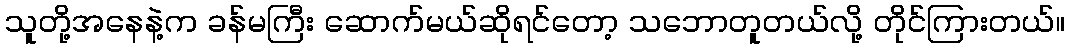
သူတို့အနေနဲ့က ခန်မကြီး ဆောက်မယ်ဆိုရင်တော့ သဘောတူတယ်လို့ တိုင်ကြားတယ်။